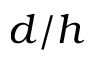
d / h